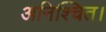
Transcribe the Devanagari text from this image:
अनिश्चित।